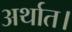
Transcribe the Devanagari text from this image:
अर्थात।